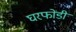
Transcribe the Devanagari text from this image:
घरफोडी